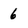
Character: 6